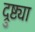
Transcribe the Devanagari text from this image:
द्रुष्ट्या